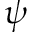
\psi